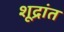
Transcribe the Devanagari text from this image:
शूद्रांत